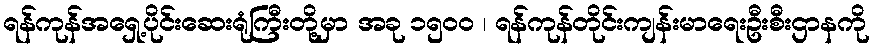
ရန်ကုန်အရှေ့ပိုင်းဆေးရုံကြီးတို့မှာ အခု ၁၅၀၀ ၊ ရန်ကုန်တိုင်းကျန်းမာရေးဦးစီးဌာနကို